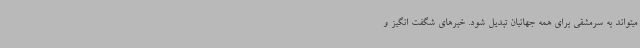
میتواند به سرمشقی برای همه جهانیان تبدیل شود. خبرهای شگفت انگیز و